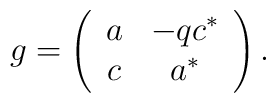
g=\left(\begin{array}{cc}a&-qc^{*}\\c&a^{*}\end{array}\right).